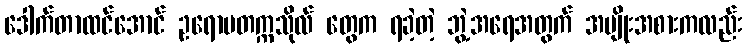
ဒေါက်တာထင်အောင် ဥရောပတက္ကသိုလ် တွေက ရခဲ့တဲ့ ဘွဲ့အရေအတွက် အမျိုးအစားကလည်း